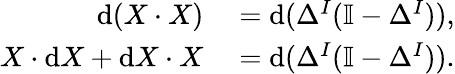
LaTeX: \begin{array}{rl}{\mathrm{d}(X\cdot X)}&{{}=\mathrm{d}(\Delta^{I}(\mathbb{I}-\Delta^{I})),}\\ {X\cdot\mathrm{d}X+\mathrm{d}X\cdot X}&{{}=\mathrm{d}(\Delta^{I}(\mathbb{I}-\Delta^{I})).}\end{array}